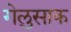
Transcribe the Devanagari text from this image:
गेलुसाक